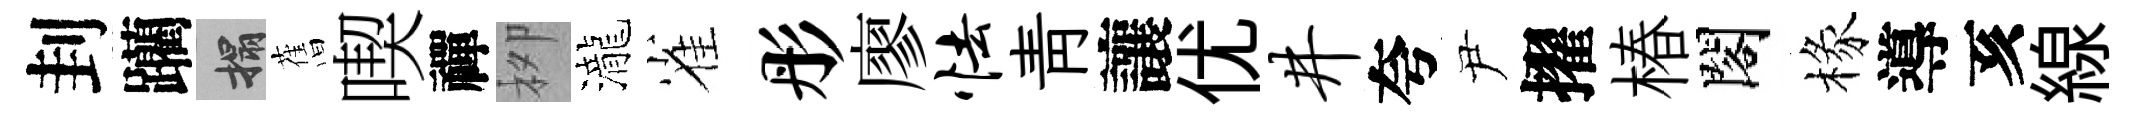
刲躪搨𦾔喫禪栁瀧雀彤廖怯青讓优井夸尹擢椿閣椽導亥線